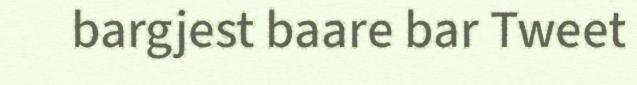
bargjest baare bar Tweet